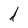
Character: d